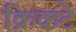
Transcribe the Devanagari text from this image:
क्रिकटे